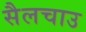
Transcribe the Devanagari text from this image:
सैलचाउ